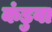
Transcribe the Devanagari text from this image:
कंडुवा